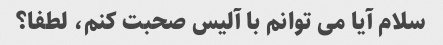
سلام آیا می توانم با آلیس صحبت کنم، لطفا؟